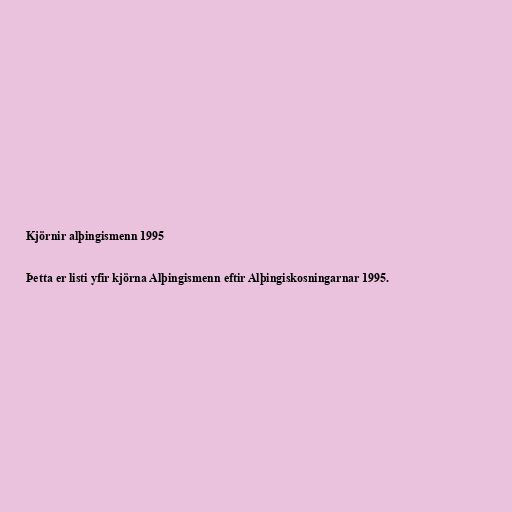
Kjörnir alþingismenn 1995

Þetta er listi yfir kjörna Alþingismenn eftir Alþingiskosningarnar 1995.